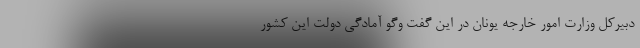
دبیرکل وزارت امور خارجه یونان در این گفت وگو آمادگی دولت این کشور